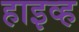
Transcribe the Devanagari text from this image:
हाइव्ह